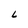
Character: L